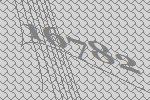
16782